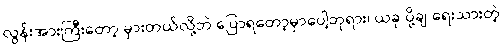
လွန်းအားကြီးတော့ မှားတယ်လို့ဘဲ ပြောရတော့မှာပေါ့ဘုရား၊ ယခု ပို့ချ-ရေးသားတဲ့